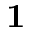
\mathbf { 1 }